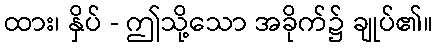
ထား၊ နှိပ် - ဤသို့သော အခိုက်၌ ချုပ်၏။